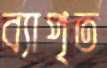
ব্যাপৃত